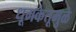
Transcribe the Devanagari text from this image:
धूमकेतूमुळे